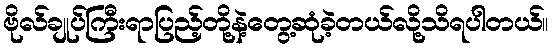
ဗိုလ်ချုပ်ကြီးရာပြည့်တို့နဲ့တွေ့ဆုံခဲ့တယ်လို့သိရပါတယ်။